Report on the working of the Ranchi Indian Mental Hospital, Kanke, in Bihar and Orissa - 1930-1940
Year: 1930
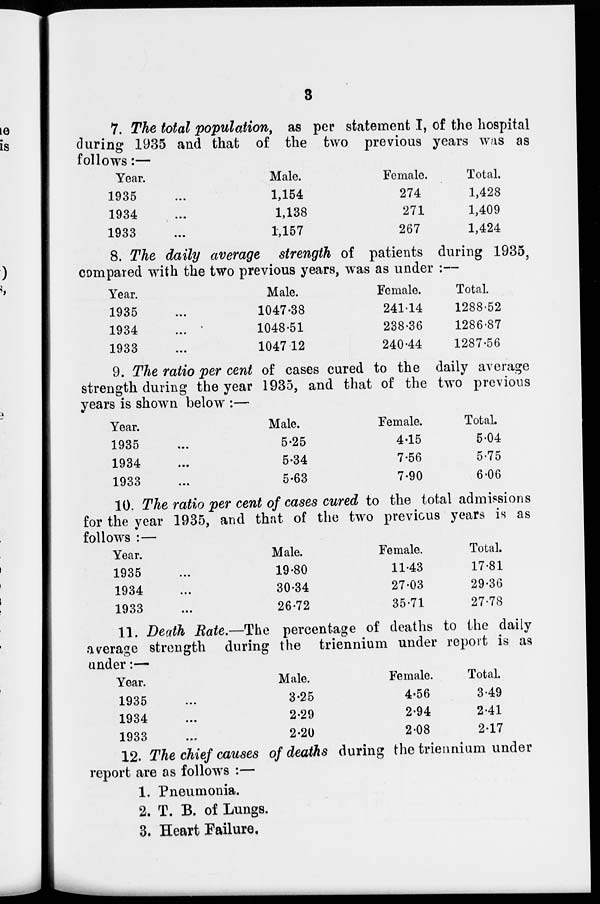
3
7. The total population, as per statement I, of the hospital
during 1935 and that of the two previous years was as
follows:—
Year.
1935 ...
1934 ...
1933 ...
Male.
1,154
1,138
1,157
Female.
274
271
267
Total.
1,428
1,409
1,424
8. The daily average strength of patients during 1935,
compared with the two previous years, was as under :—
Year.
1935 ...
1934
...
1933 ...
Male.
1047.38
1048.51
1047.12
Female.
241.14
238.36
240.44
Total.
1288.52
1286.87
1287.56
9. The ratio per cent of cases cured to the daily average
strength during the year 1935, and that of the two previous
years is shown below :—
Year.
1935 ...
1934 ...
1933 ...
Male.
5.25
5.34
5.63
Female.
4.15
7.56
7.90
Total.
5.04
5.75
6.06
10. The ratio per cent of cases cured to the total admissions
for the year 1935, and that of the two previous years is as
follows :—
Year.
1935 ...
1934 ...
1933 ...
Male.
19.80
30.34
26.72
Female.
11.43
27.03
35.71
Total.
17.81
29.36
27.78
11. Death Rate.—The percentage of deaths to the daily
average strength during the triennium under report is as
under:—
Year.
1935 ...
1934 ...
1933 ...
Male.
3.25
2.29
2.20
Female.
4.56
2.94
2.08
Total.
3.49
2.41
2.17
12. The chief causes of deaths during the triennium under
report are as follows :—
1. Pneumonia.
2. T. B. of Lungs.
3. Heart Failure.